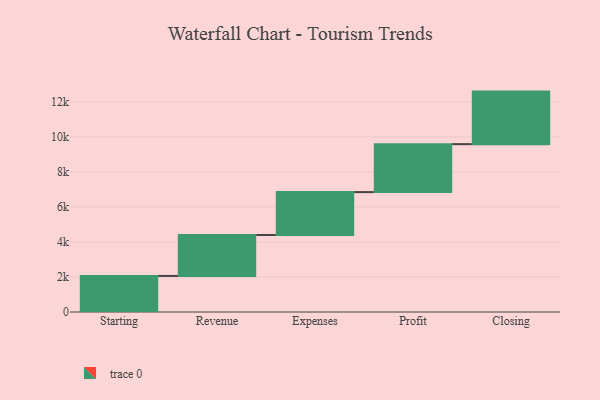
{"axis": {"x": "Step", "y": "Value"}, "legend": [""], "data": [{"x": "Starting", "y": 2059.0, "type": ""}, {"x": "Revenue", "y": 2338.0, "type": ""}, {"x": "Expenses", "y": 2449.0, "type": ""}, {"x": "Profit", "y": 2738.0, "type": ""}, {"x": "Closing", "y": 3000, "type": ""}]}